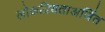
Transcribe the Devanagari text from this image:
लोकप्रियताअर्जित